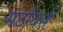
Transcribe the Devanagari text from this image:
मर्टायर्स